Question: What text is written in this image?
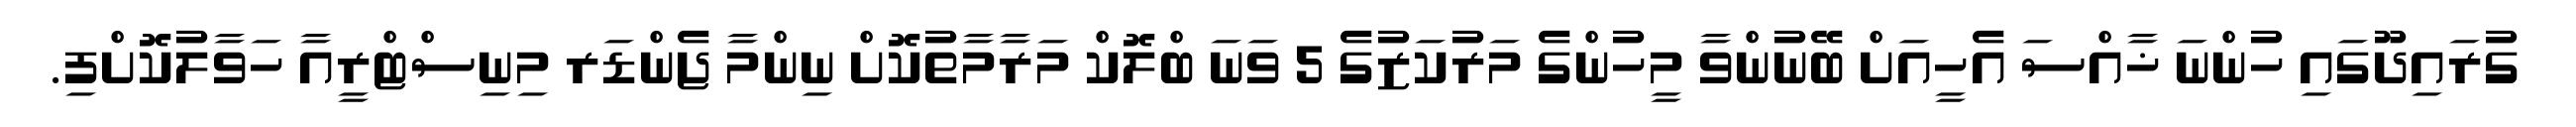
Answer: ގުރައިދޫގައި ހުންނަ ޚާއްސަ އެހީއަށް ބޭނުންވާ މީހުންގެ މަރުކަޒުގެ 5 ވަނަ ބްލޮކް މަރާމާތުކޮށް ނިންމާ ޖެންޑަރ މިނިސްޓްރީއާ ހަވާލުކޮށްފި.